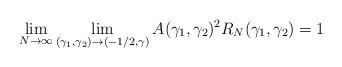
LaTeX: \begin{align*}\lim_{N\rightarrow\infty} \lim_{(\gamma_1,\gamma_2)\rightarrow (-1/2,\gamma)}A(\gamma_1,\gamma_2)^2 R_N(\gamma_1,\gamma_2)=1 \end{align*}